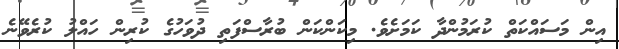
އިން މަސައްކަތް ކުރަމުންދާ ކަމަށެވެ. މިކަންކަން ބުރާސްފަތި ދުވަހުގެ ކުރިން ހައްލު ކުރެވޭނެ